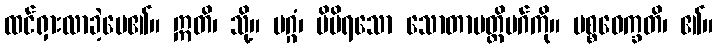
ထင်ရှားလာခဲ့ပေ၏။ ဣတိ၊ သို့။ မဂ္ဂံ၊ မိမိရသော သောတာပတ္တိမဂ်ကို။ ပစ္စဝေက္ခတိ၊ ၏။